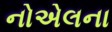
નોએલના